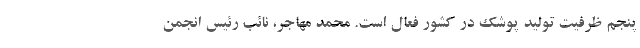
پنجم ظرفیت تولید پوشک در کشور فعال است. محمد مهاجر، نائب رئیس انجمن